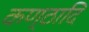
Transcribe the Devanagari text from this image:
कण्ठादि